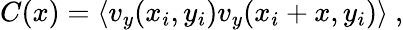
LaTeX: C(x)=\langle v_{y}(x_{i},y_{i})v_{y}(x_{i}+x,y_{i})\rangle~,